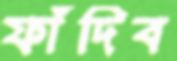
ফাঁদিব